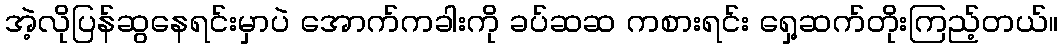
အဲ့လိုပြန်ဆွနေရင်းမှာပဲ အောက်ကခါးကို ခပ်ဆဆ ကစားရင်း ရှေ့ဆက်တိုးကြည့်တယ်။